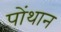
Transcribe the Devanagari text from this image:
पोंथान